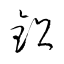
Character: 鉛